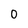
Character: 0